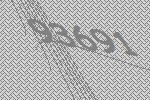
93691